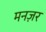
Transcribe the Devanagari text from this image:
मनज़र